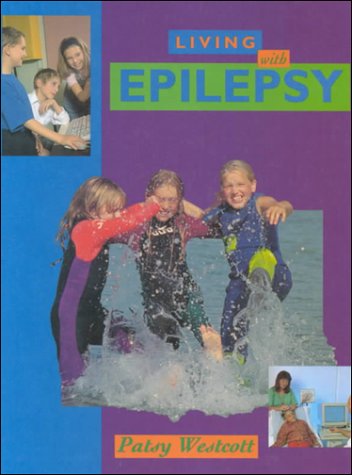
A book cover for Living with Epilepsy (Living with (Raintree Steck-Vaughn)); Patsy Westcott; Health, Fitness & Dieting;